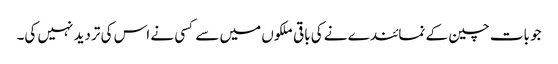
جو بات چین کے نمائندے نے کی باقی ملکوں میں سے کسی نے اس کی تردید نہیں کی۔